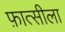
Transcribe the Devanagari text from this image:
फ़ात्सीला